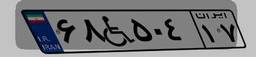
۶۸W۵۰۴۱۷